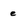
Character: e